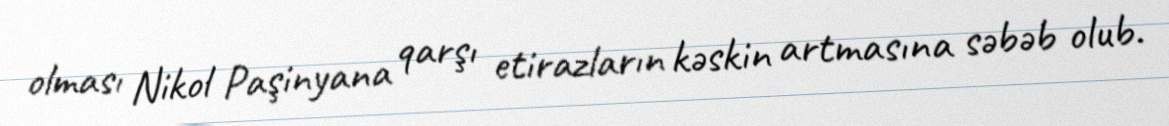
olması Nikol Paşinyana qarşı etirazların kəskin artmasına səbəb olub.